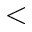
<